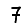
Digit: 7